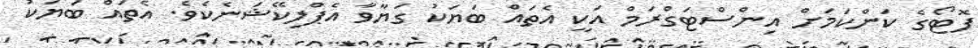
ފޮޓޯގެ ކަންކަމަށް އިންސްޓަގްރަމް އަކީ އެތައް ބަޔަކު ގަޔާވާ އެޕްލިކޭޝަނެކެވެ. އެތައް ބަޔަކު